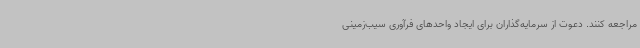
مراجعه کنند. دعوت از سرمایه‌گذاران برای ایجاد واحدهای فرآوری سیب‌زمینی